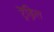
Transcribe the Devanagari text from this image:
ट्रेंड्रिल